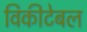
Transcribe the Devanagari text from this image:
विकीटेबल